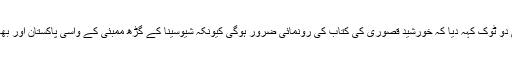
سدھیندرکلکرنی نے بھی دو ٹوک کہہ دیا کہ خورشید قصوری کی کتاب کی رونمائی ضرور ہوگی کیونکہ شیوسینا کے گڑھ ممبئی کے واسی پاکستان اور بھارت میں امن چاہتے ہیں۔